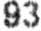
93